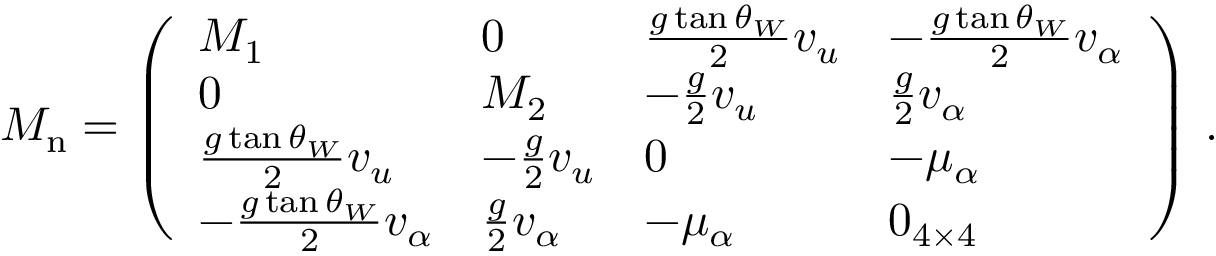
M _ { \mathrm { n } } = \left( \begin{array} { l l l l } { { M _ { 1 } } } & { { 0 } } & { { { \frac { g \tan \theta _ { W } } { 2 } } v _ { u } } } & { { - { \frac { g \tan \theta _ { W } } { 2 } } v _ { \alpha } } } \\ { { 0 } } & { { M _ { 2 } } } & { { - { \frac { g } { 2 } } v _ { u } } } & { { { \frac { g } { 2 } } v _ { \alpha } } } \\ { { { \frac { g \tan \theta _ { W } } { 2 } } v _ { u } } } & { { - { \frac { g } { 2 } } v _ { u } } } & { { 0 } } & { { - \mu _ { \alpha } } } \\ { { - { \frac { g \tan \theta _ { W } } { 2 } } v _ { \alpha } } } & { { { \frac { g } { 2 } } v _ { \alpha } } } & { { - \mu _ { \alpha } } } & { { 0 _ { 4 \times 4 } } } \end{array} \right) \, .